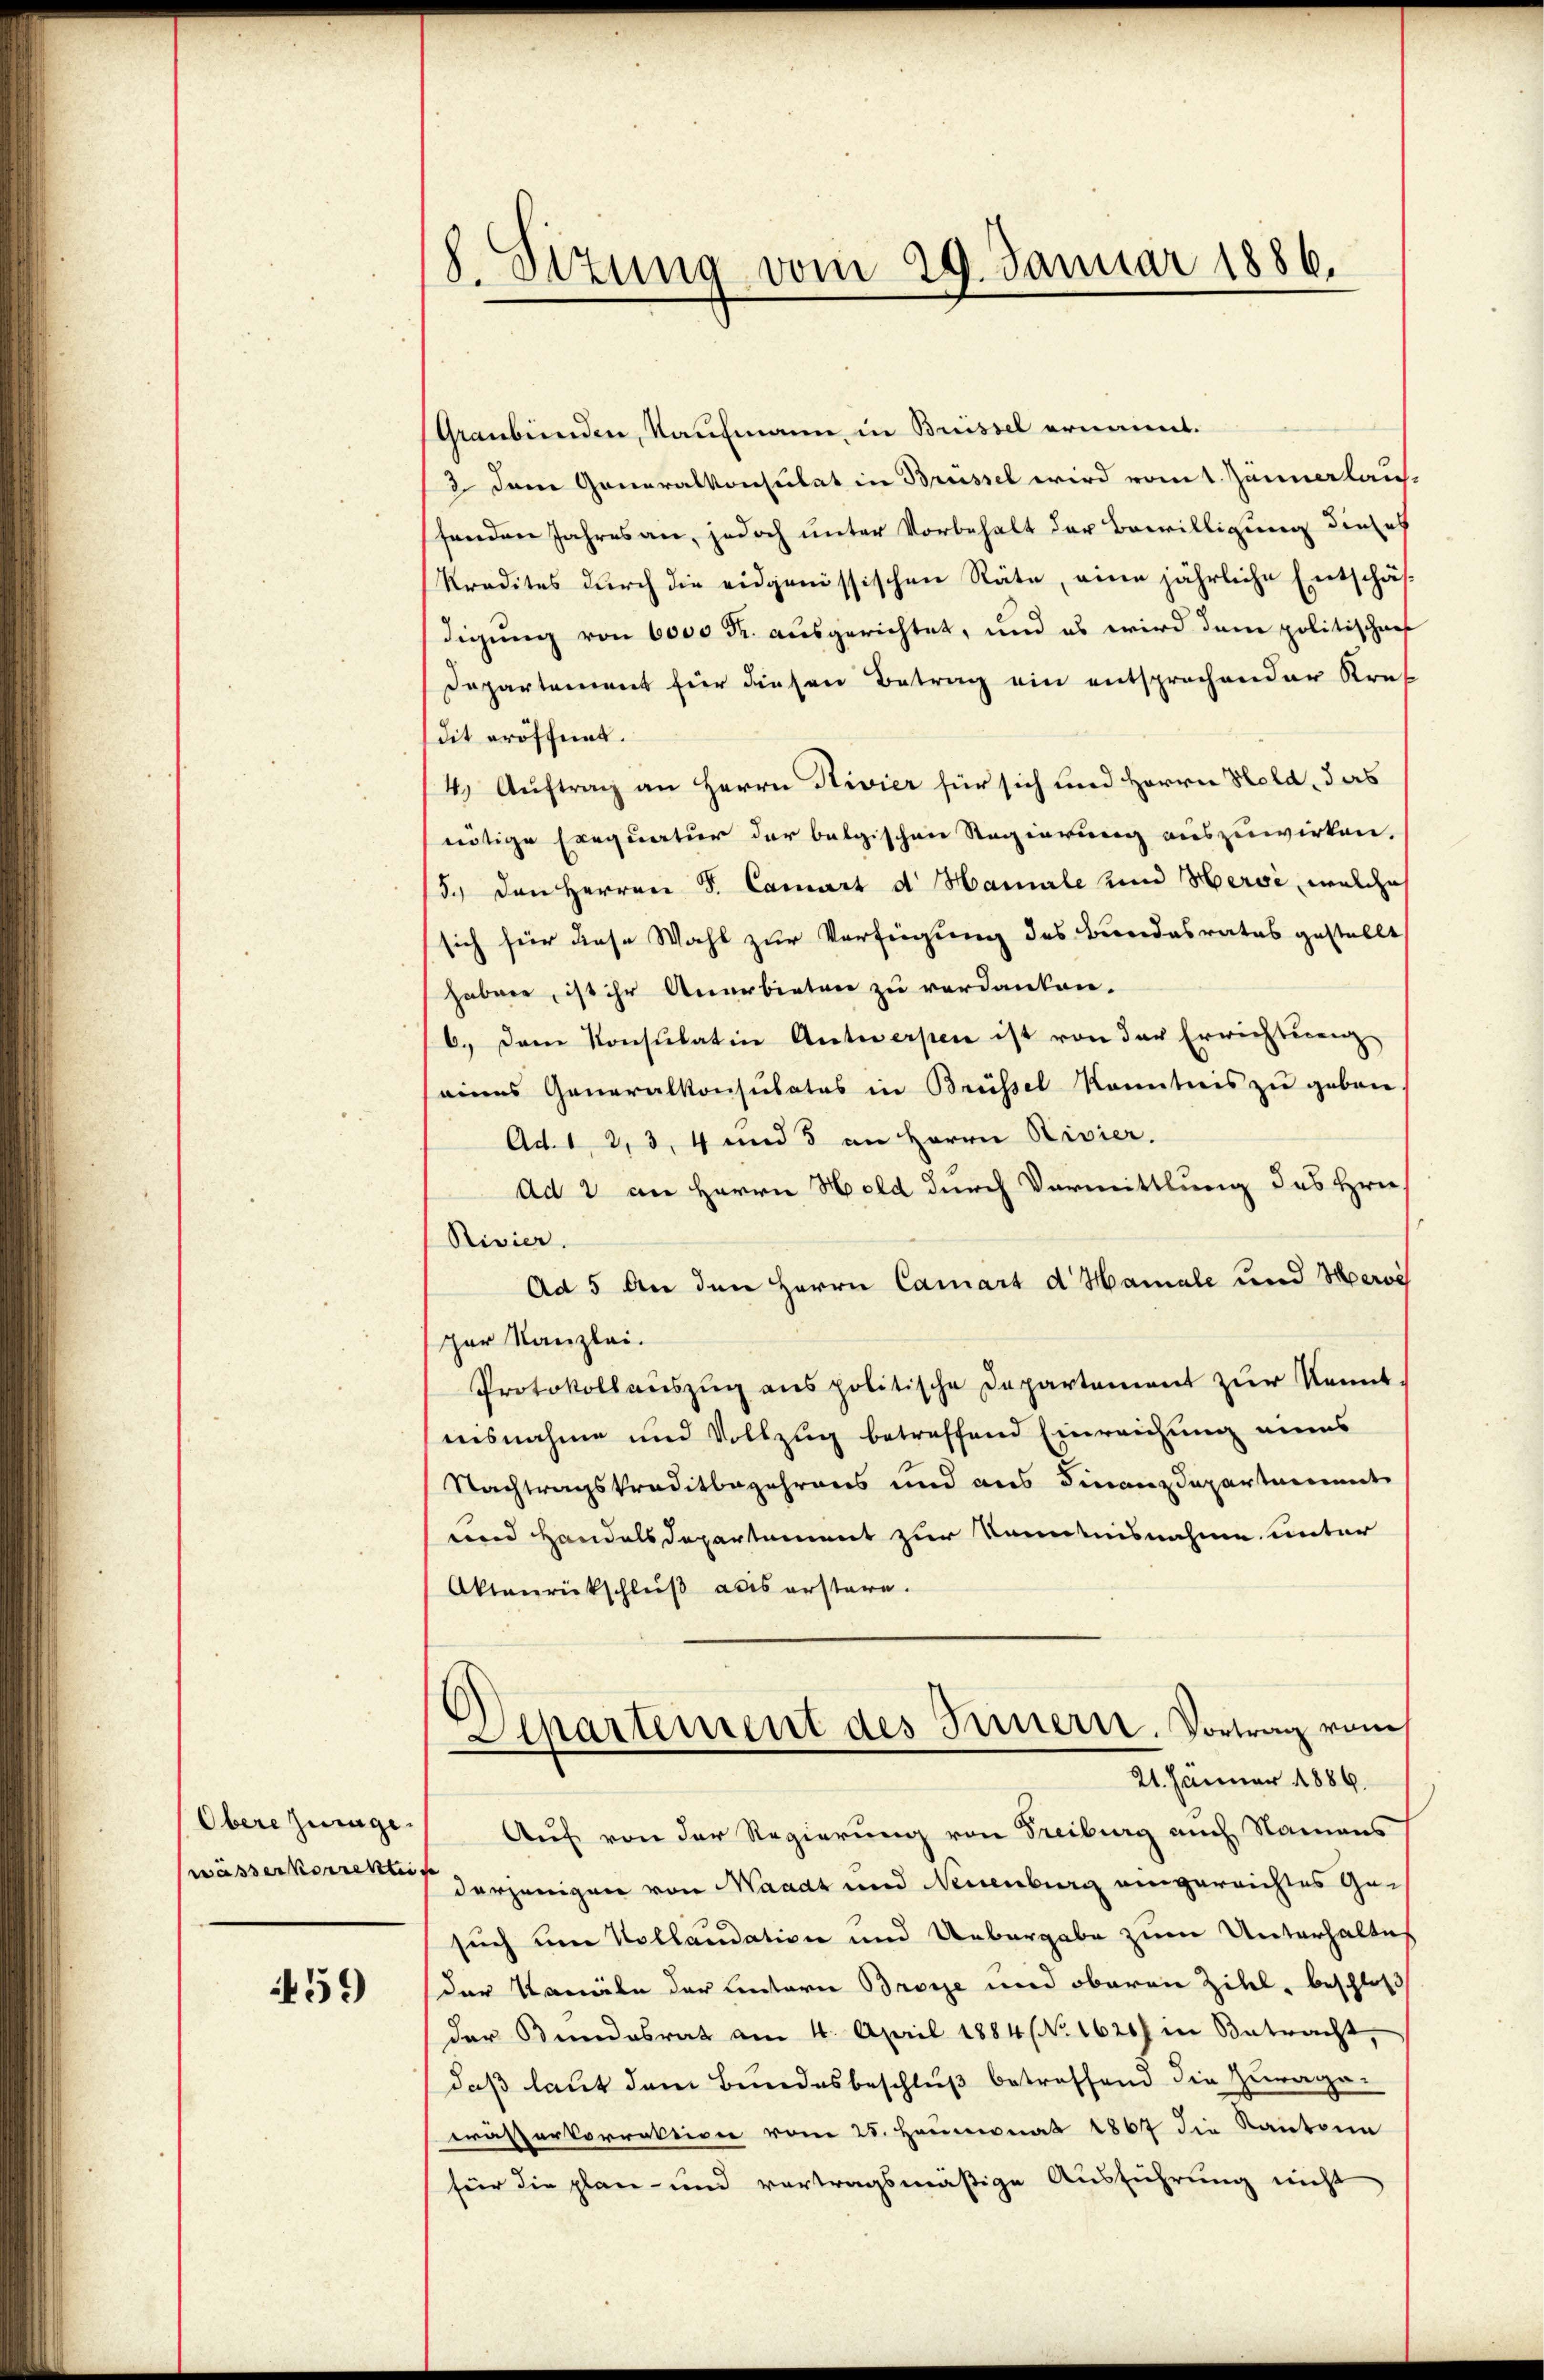
Obere Zulage
wässerkorrekti

459

8. Sizung vom 29. Januar 1886.

Graubünden, Kaufmann in Brüssel ernannt.
2 dem Generalkonsulat in Brüssel wird vom 1. Jännerlauf.
senden Jahres an, jedoch unter Vorbehalt der Bewilligung dieses
kredites durch die eidgenössischen Räte, eine jährliche Entschäf-
digung von 6000 Fr. ausgerichtet, und es wird dem politischarf
Departement für diesen Betrag ein entsprechender Kraf
dit eröffnet.
4) Auftrag an Herrn Rivier für sich und Herrn Hold, das
nötige Exequatur der belgischen Regierung auszuwirken,
5.) Den Herren S. Canart d. Hamale und Hervi, welche
sich für diese Wahl zur Verfügung des Bundesrates gestellt
haben, ist ihr Anerbieten zu verdanken.
6. Dem Konsulatin Antwerpen ist von der Errichtung
eines Generalkonsulates in Brüssel konntnis zu geben
Ad. 1, 2, 3, 4 und 5 an Herrn Rivier.
Ad 2 an Herrn Hold durch Vormittlung des Hrn.
Rivier.
Ad 5 an den Herrn Canart d. Hamale und Servi
par Kanzlei.
Protokollauszug aus politische Departement zur Kennt
ausnahme und Vollzug betreffend Einreichung eines
Nachtragskreditbegehrens und aus Finanzdepartmannt
und Handelsdepartement zur Kenntnisnahme unter
Aktenrückschluß aus erstere.
Apartement des Innern. Vortrag vom
21. Jänner 1886.
Auf von der Regierung von Freiburg auch Namens
derjenigen von Waadt und Neuenburg eingereichtes Gesuch um Kollaudation und Uebergabe zum Unterhaltes
der Kanäle der Untern Brosse und oberen Ziel, beschloß
der Bundesrat am 4. April 1884 No. 1620) in Betracht
daß laut dem Bundesbeschluß betreffend die Zuragewässerkorrektion vom 25. Heumonat 1867 die Kantona
für die plan- und vertragsmäßige Ausführung nicht